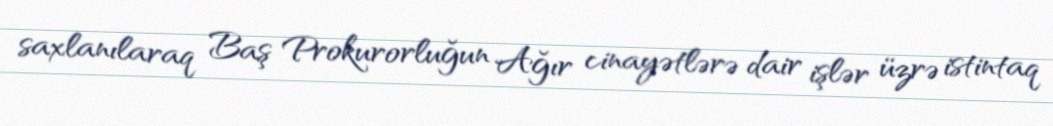
saxlanılaraq Baş Prokurorluğun Ağır cinayətlərə dair işlər üzrə istintaq